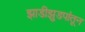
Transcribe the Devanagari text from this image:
झाडीझुडपांतून